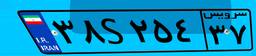
۳۸S۲۵۴۳۷